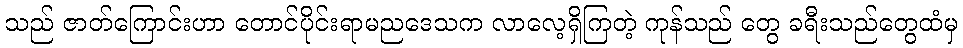
သည် ဇာတ်ကြောင်းဟာ တောင်ပိုင်းရာမညဒေသက လာလေ့ရှိကြတဲ့ ကုန်သည် တွေ ခရီးသည်တွေထံမှ